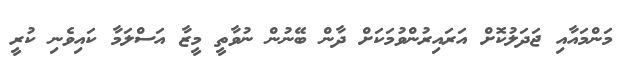
މަންމައާއި ޖަދަލުކޮށް އަރައިރުންވުމަކަށް ދާން ބޭނުން ނުވާތީ މީޒާ އަސްލަމާ ކައިވެނި ކުރީ